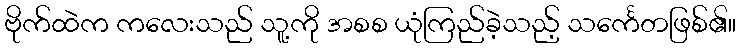
ဗိုက်ထဲက ကလေးသည် သူ့ကို အစစ ယုံကြည်ခဲ့သည့် သင်္ကေတဖြစ်၏။